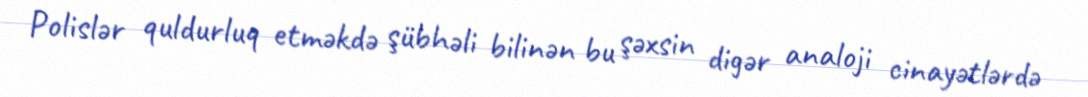
Polislər quldurluq etməkdə şübhəli bilinən bu şəxsin digər analoji cinayətlərdə